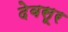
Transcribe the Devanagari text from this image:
देवसूर